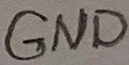
Text: GND